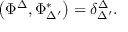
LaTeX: \left( \Phi ^ { \Delta } , \Phi _ { \Delta ^ { \prime } } ^ { * } \right) = \delta _ { \Delta ^ { \prime } } ^ { \Delta } .